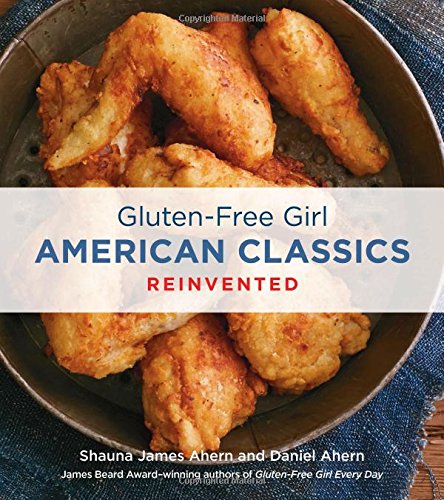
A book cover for Gluten-Free Girl American Classics Reinvented; Shauna James Ahern; Cookbooks, Food & Wine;